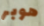
هوبر